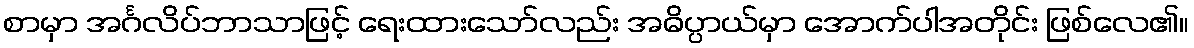
စာမှာ အင်္ဂလိပ်ဘာသာဖြင့် ရေးထားသော်လည်း အဓိပ္ပာယ်မှာ အောက်ပါအတိုင်း ဖြစ်လေ၏။